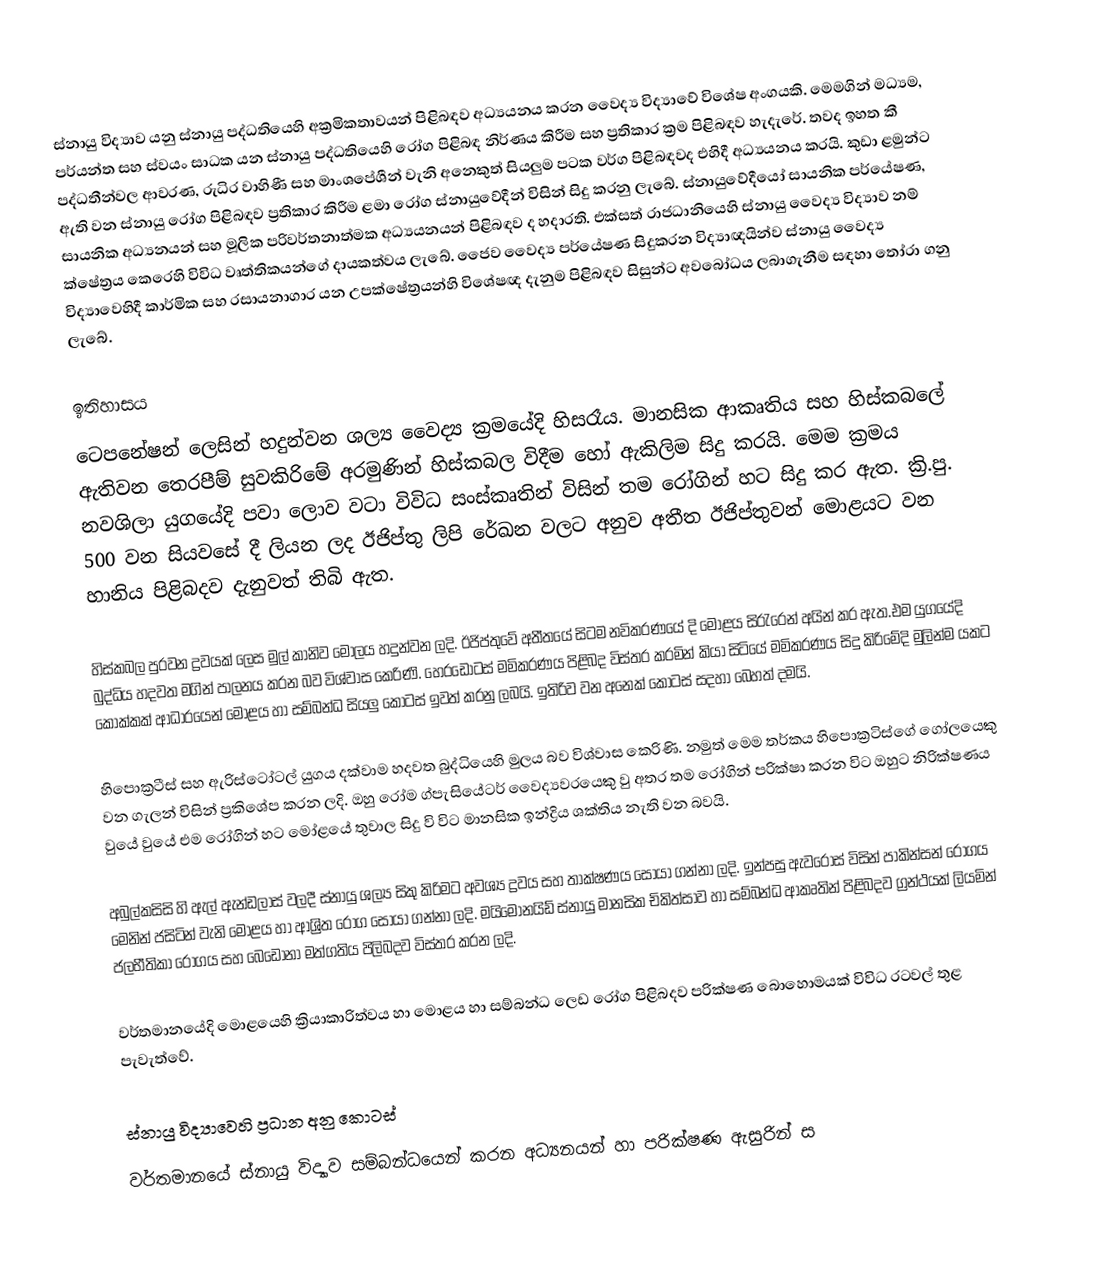
ස්නායු විද්‍යාව යනු ස්නායු පද්ධතියෙහි අක්‍රමිකතාවයන් පිළිබඳව අධ්‍යයනය කරන වෛද්‍ය විද්‍යාවේ විශේෂ අංගයකි. මෙමගින් මධ්‍යම, පර්යන්ත සහ ස්වයං සාධක යන ස්නායු පද්ධතියෙහි රෝග පිළිබඳ නිර්ණය කිරීම සහ ප්‍රතිකාර ක්‍රම පිළිබඳව හැදැරේ. තවද ඉහත කී පද්ධතීන්වල ආවරණ, රුධිර වාහිණී සහ මාංශපේශීන් වැනි අනෙකුත් සියලුම පටක වර්ග පිළිබඳවද එහිදී අධ්‍යයනය කරයි. කුඩා ළමුන්ට ඇති වන ස්නායු රෝග පිළිබඳව ප්‍රතිකාර කිරීම ළමා රෝග ස්නායුවේදීන් විසින් සිදු කරනු ලැබේ. ස්නායුවේදීයෝ සායනික පර්යේෂණ, සායනික අධ්‍යනයන් සහ මූලික පරිවර්තනාත්මක අධ්‍යයනයන් පිළිබඳව ද හදාරති. එක්සත් රාජධානියෙහි ස්නායු වෛද්‍ය විද්‍යාව නම් ක්ෂේත්‍රය කෙරෙහි විවිධ වෘත්තිකයන්ගේ දායකත්වය ලැබේ. ජෛව වෛද්‍ය පර්යේෂණ සිදුකරන විද්‍යාඥයින්ව ස්නායු වෛද්‍ය විද්‍යාවෙහිදී කාර්මික සහ රසායනාගාර යන උපක්ෂේත්‍රයන්හි විශේෂඥ දැනුම පිළිබඳව සිසුන්ට අවබෝධය ලබාගැනීම සඳහා තෝරා ගනු ලැබේ.

ඉතිහාසය
ටෙපනේෂන් ලෙසින් හදුන්වන ශල්‍ය වෛද්‍ය ක්‍රමයේදි හිසරෑය. මානසික ආකෘතිය සහ හිස්කබලේ ඇතිවන තෙරපීම් සුවකිරිමේ අරමුණින් හිස්කබල විදීම හෝ ඇකිලිම සිදු කරයි. මෙම ක්‍රමය නවශිලා යුගයේදි පවා ලොව වටා විවිධ සංස්කෘතින් විසින් තම රෝගින් හට සිදු කර ඇත. ක්‍රි.පු. 500 වන සියවසේ දී ලියන ලද ඊජිප්තු ලිපි රේඛන වලට අනුව අතීත ඊජිප්තුවන් මොළයට වන හානිය පිළිබදව දැනුවත් තිබි ඇත.

හිස්කබල පුරවන ද්‍රවයක් ලෙස මුල් කානිව මොලය හදුන්වන ලදි. ඊජිප්තුවේ අතීතයේ සිටම නවිකරණයේ දි මොළය සිරැරෙන් අයින් කර ඇත.එම යුගයේදි බුද්ධිය හදවත මගින් පාලනය කරන බව විශ්වාස කෙරිණි. හෙරඩෝටස් මමිකරණය පිළිබද විස්තර කරමින් කියා සිටියේ මමිකරණය සිදු කිරිමේදි මුලින්ම යකට කොක්කක් ආධාරයෙන් මොළය හා සම්බන්ධ සියලු කොටස් ඉවත් කරනු ලබයි. ඉතිරිව වන අනෙක් කොටස් සදහා බෙහත් දමයි.

හිපොක්‍රටීස් සහ ඇරිස්ටෝටල් යුගය දක්වාම හදවත බුද්ධියෙහි මුලය බව විශ්වාස කෙරිණි. නමුත් මෙම තර්කය හිපොක්‍රටිස්ගේ ගෝලයෙකු වන ගැලන් විසින් ප්‍රකිශේප කරන ලදි. ඔහු රෝම ග්පැසියේටර් වෛද්‍යවරයෙකු වු අතර තම රෝගින් පරික්ෂා කරන විට ඔහුට නිරික්ෂණය වුයේ වුයේ එම රෝගින් හට මෝළයේ තුවාල සිදු වි විට මානසික ඉන්ද්‍රිය ශක්තිය නැති වන බවයි.

අබුල්කසිසි හි ඇල් ඇන්ඩලාස් වලදී ස්නායු ශල්‍ය සිකු කිරිමට අවශ්‍ය ද්‍රවය සහ තාක්ෂණය සොයා ගන්නා ලදි. ඉන්පසු ඇවරෝස් විසින් පාකින්සන් රෝගය මෙනින් ජසිටින් වැනි මොළය හා ආශ්‍රිත රෝග සොයා ගන්නා ලදි. මයිමෝනයිඩ් ස්නායු මානසික චිකිත්සාව හා සම්බන්ධ ආකෘතින් පිළිබදව ග්‍රන්ථයක් ලියමින් ජලභීතිකා රෝගය සහ බෙඩෝනා මත්ගතිය පිලිබදව විස්තර කරන ලදි.

වර්තමානයේදි මොළයෙහි ක්‍රියාකාරිත්වය හා මොළය හා සම්බන්ධ ලෙඩ රෝග පිළිබදව පරික්ෂණ බොහොමයක් විවිධ රටවල් තුළ පැවැත්වේ.

ස්නායු විද්‍යාවෙහි ප්‍රධාන අනු කොටස්
වර්තමානයේ ස්නායු විද්‍යාව සම්බන්ධයෙන් කරන අධ්‍යනයන් හා පරික්ෂණ ඇසුරින් ස